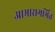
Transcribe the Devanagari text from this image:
आभासगर्भित